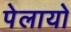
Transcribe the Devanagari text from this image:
पेलायो